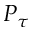
P _ { \tau }